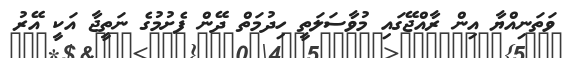
ވަތަނިއްޔާ އިން ރާއްޖޭގައި މުވާސަލަތީ ހިދުމަތް ދޭން ފެށުމުގެ ނަތީޖާ އަކީ އޭރު